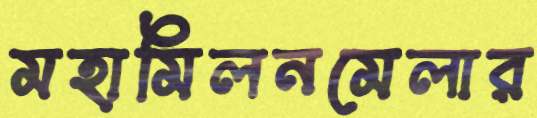
মহামিলনমেলার